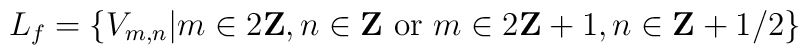
L_{f}=\left\{ V_{m,n}|m\in 2{\bf Z},n\in {\bf Z} \mbox{ or }m\in 2{\bf Z}+1,n\in {\bf Z}+1/2 \right\}